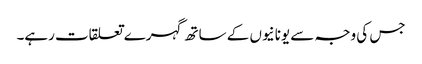
جس کی وجہ سے یونانیوں کے ساتھ گہرے تعلقات رہے۔